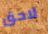
لاحق